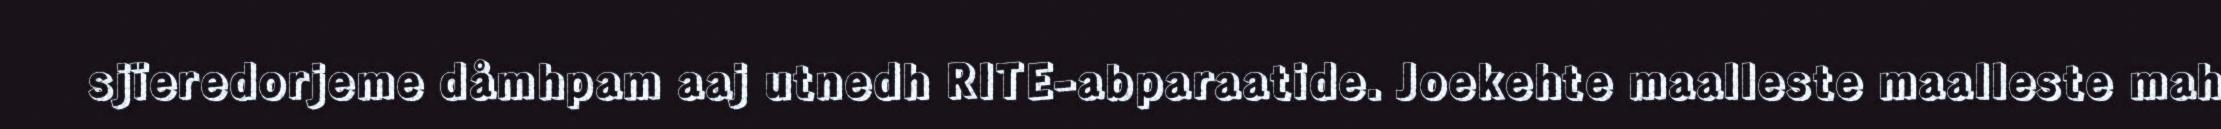
sjïeredorjeme dåmhpam aaj utnedh RITE-abparaatide. Joekehte maalleste maalleste mah